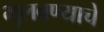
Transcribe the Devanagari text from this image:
भुलवण्याचे